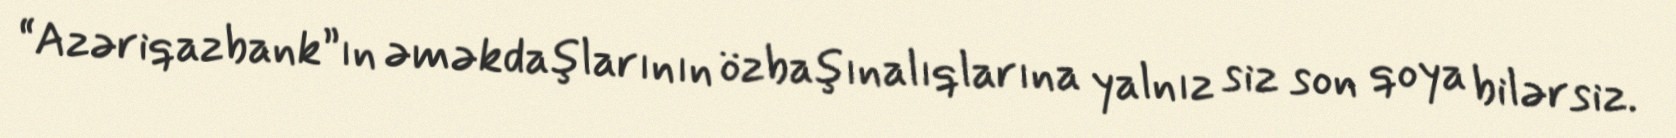
“Azəriqazbank”ın əməkdaşlarının özbaşınalıqlarına yalnız siz son qoya bilərsiz.